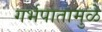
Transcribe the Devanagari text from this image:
गर्भपातामुळे